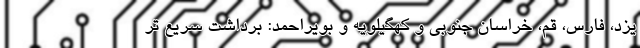
یزد، فارس، قم، خراسان جنوبی و کهگیلویه و بویراحمد: برداشت سریع تر